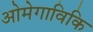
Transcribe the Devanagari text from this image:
ओमेगाविकि